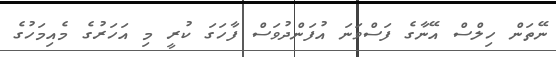
ނޭތަން ހިލްސް އޭނާގެ ފަސްވަނަ އުފަންދުވަސް ފާހަގަ ކުރީ މި އަހަރުގެ މެއިމަހުގެ